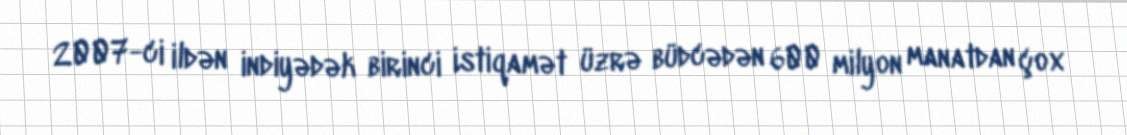
2007-ci ildən indiyədək birinci istiqamət üzrə büdcədən 600 milyon manatdan çox